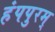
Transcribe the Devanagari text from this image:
हंपपुरम्